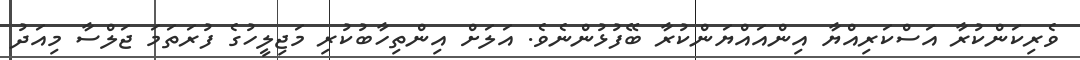
ވެރިކަންކުރާ އަސްކަރިއްޔާ އިންއައްޔަންކުރާ ބޭފުޅުންނެވެ. އަލަށް އިންތިހާބުކުރި މަޖިލީހުގެ ފުރަތަމަ ޖަލްސާ މިއަދު